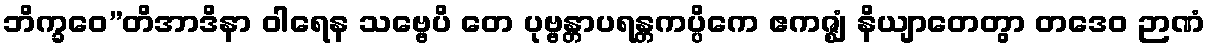
ဘိက္ခဝေ”တိအာဒိနာ ဝါရေန သဗ္ဗေပိ တေ ပုဗ္ဗန္တာပရန္တကပ္ပိကေ ဧကဇ္ဈံ နိယျာတေတွာ တဒေဝ ဉာဏံ